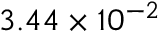
3 . 4 4 \times 1 0 ^ { - 2 }